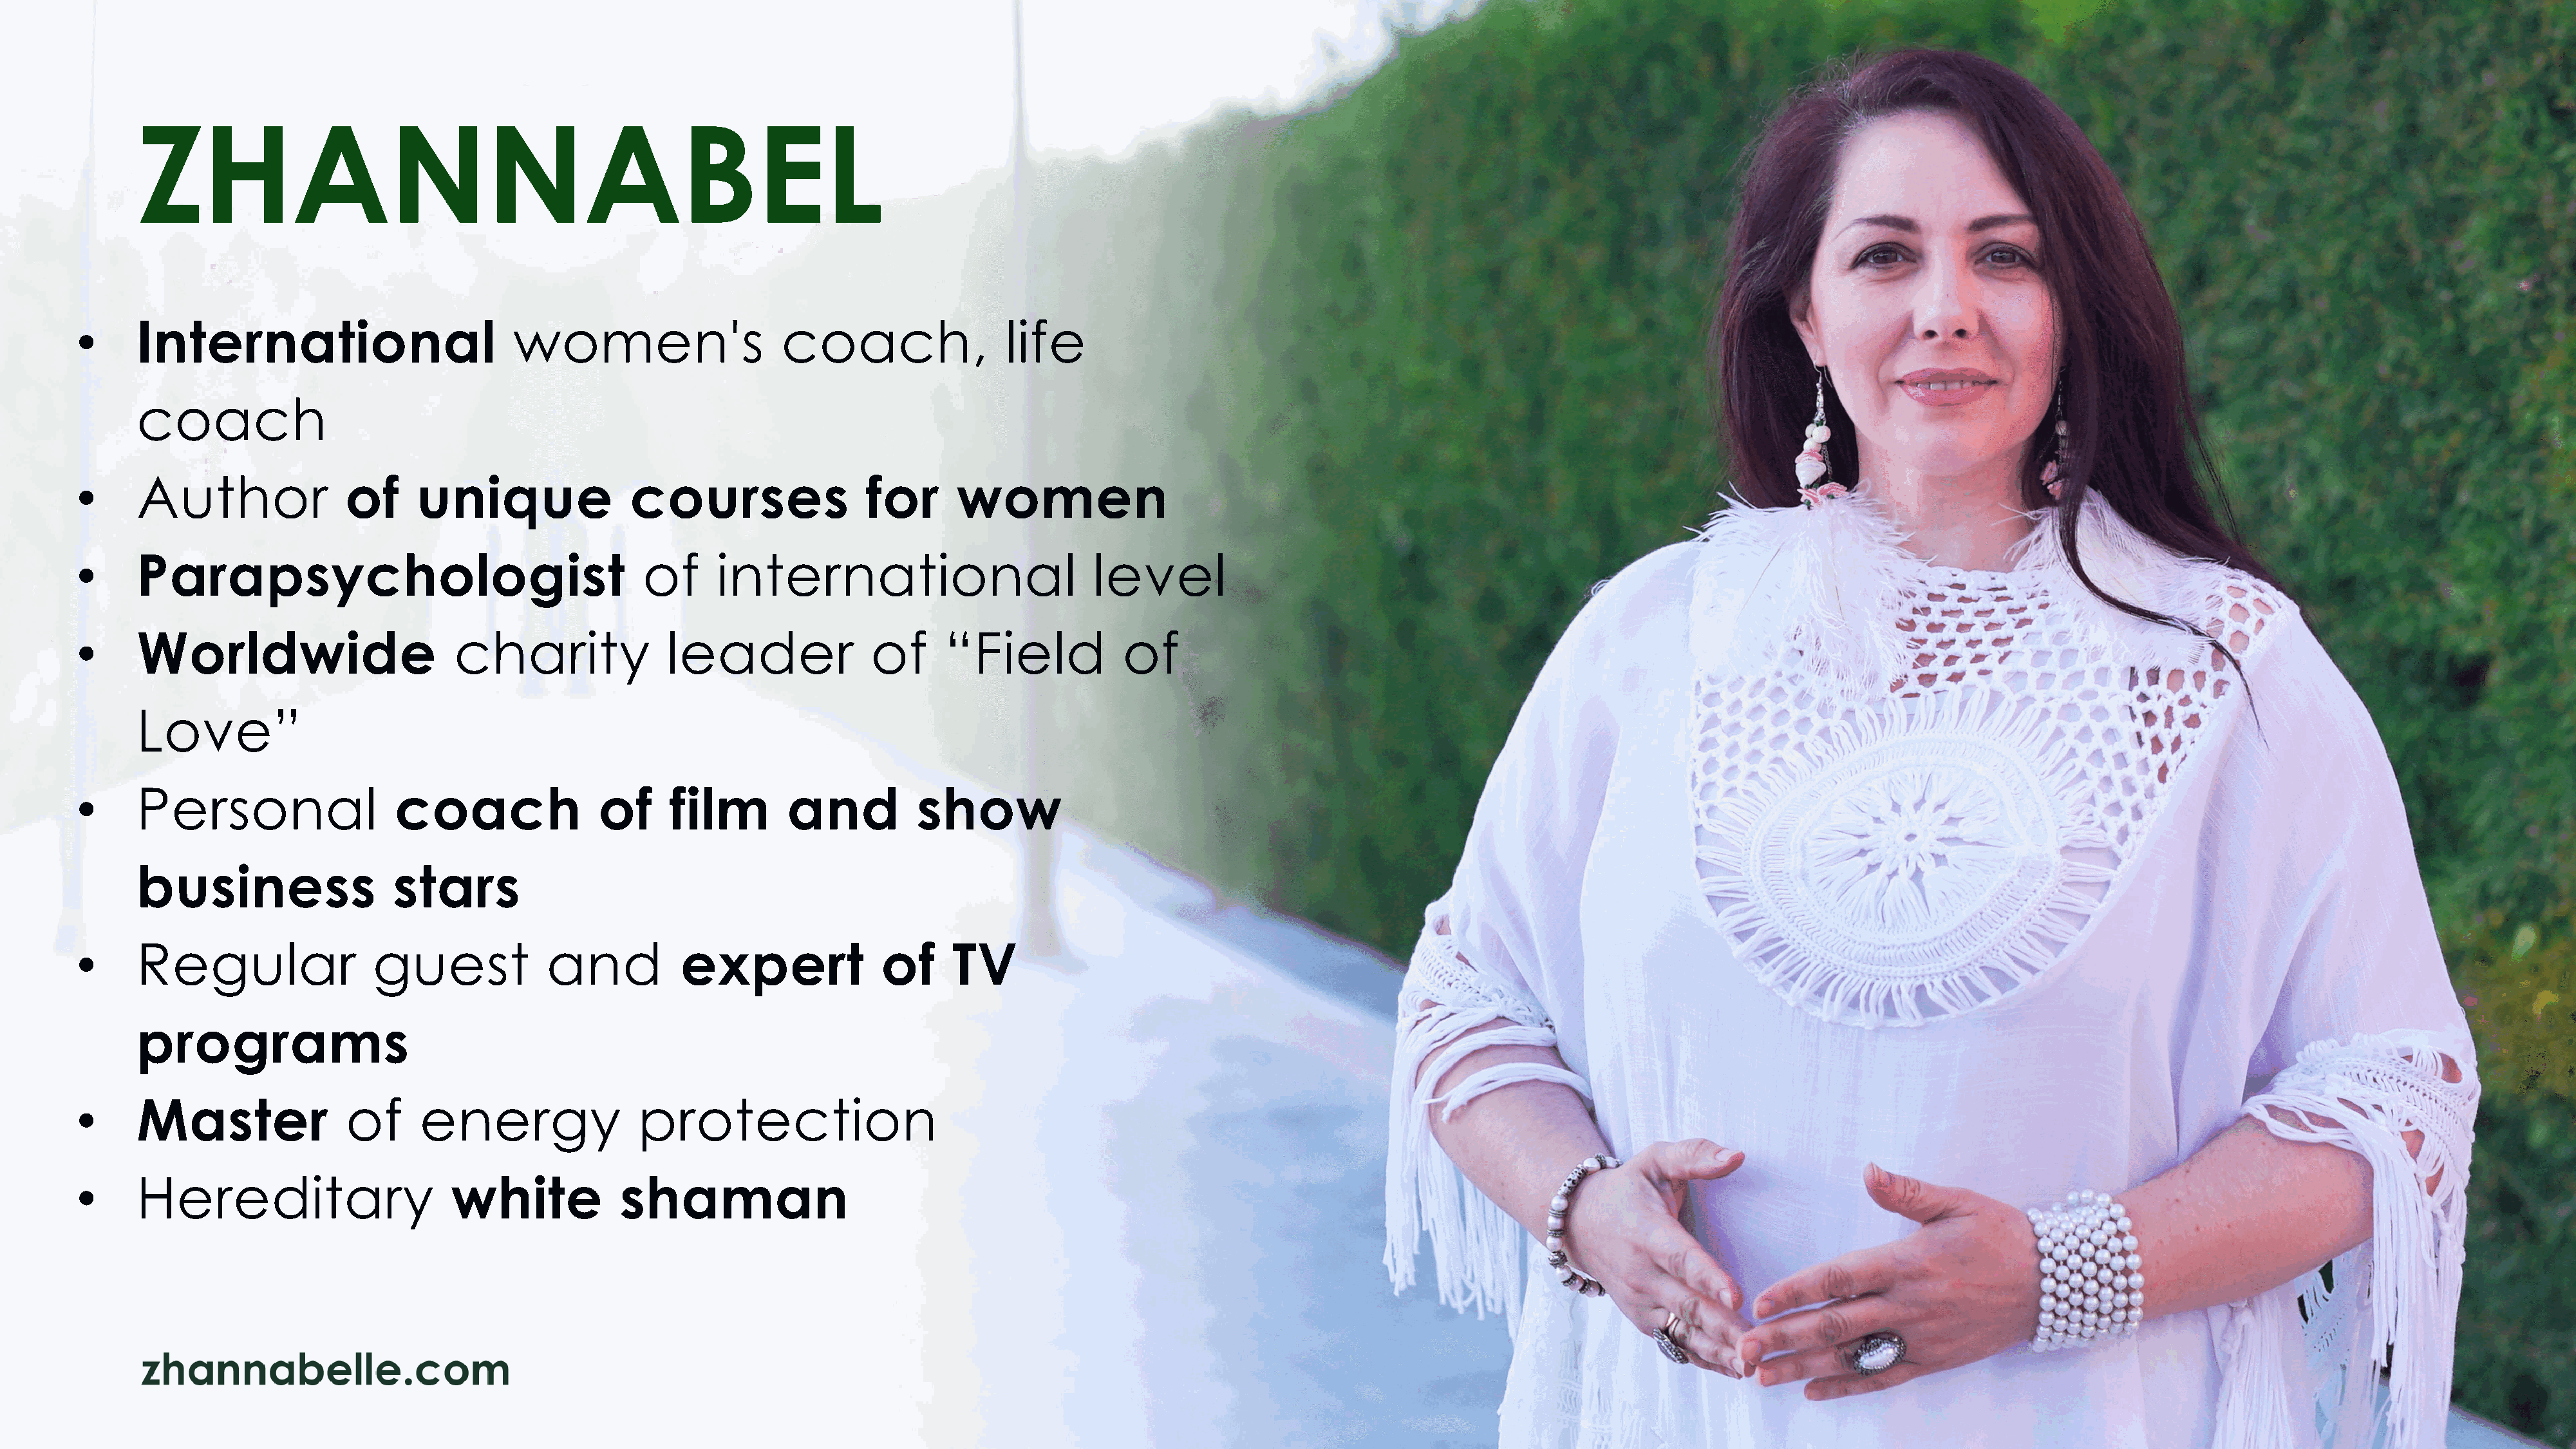
ZHANNABEL
 •     International                          women's                    coach,                 life
 coach
 •     Author               of      unique                courses                 for      women
 •     Parapsychologist                                    of      international                         level
 •     Worldwide                        charity               leader               of     “Field            of
 Love”
 •     Personal                   coach                of     film        and          show
 business                  stars
 •     Regular                 guest             and           expert               of     TV
 programs
 •     Master                of     energy                 protection
 •     Hereditary                      white             shaman